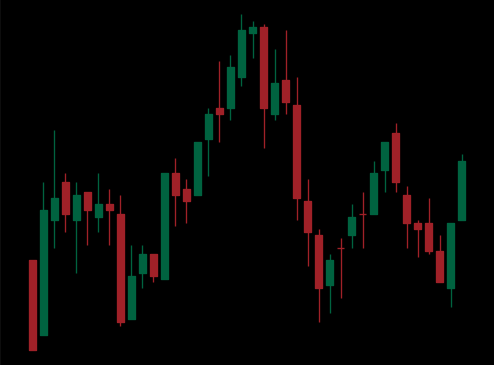
Pattern: head_shoulders